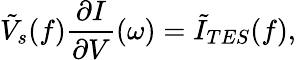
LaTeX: \tilde{V}_{s}(f)\frac{\partial I}{\partial V}(\omega)=\tilde{I}_{TES}(f),